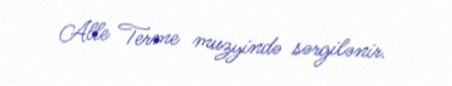
Alle Terme muzyində sərgilənir.